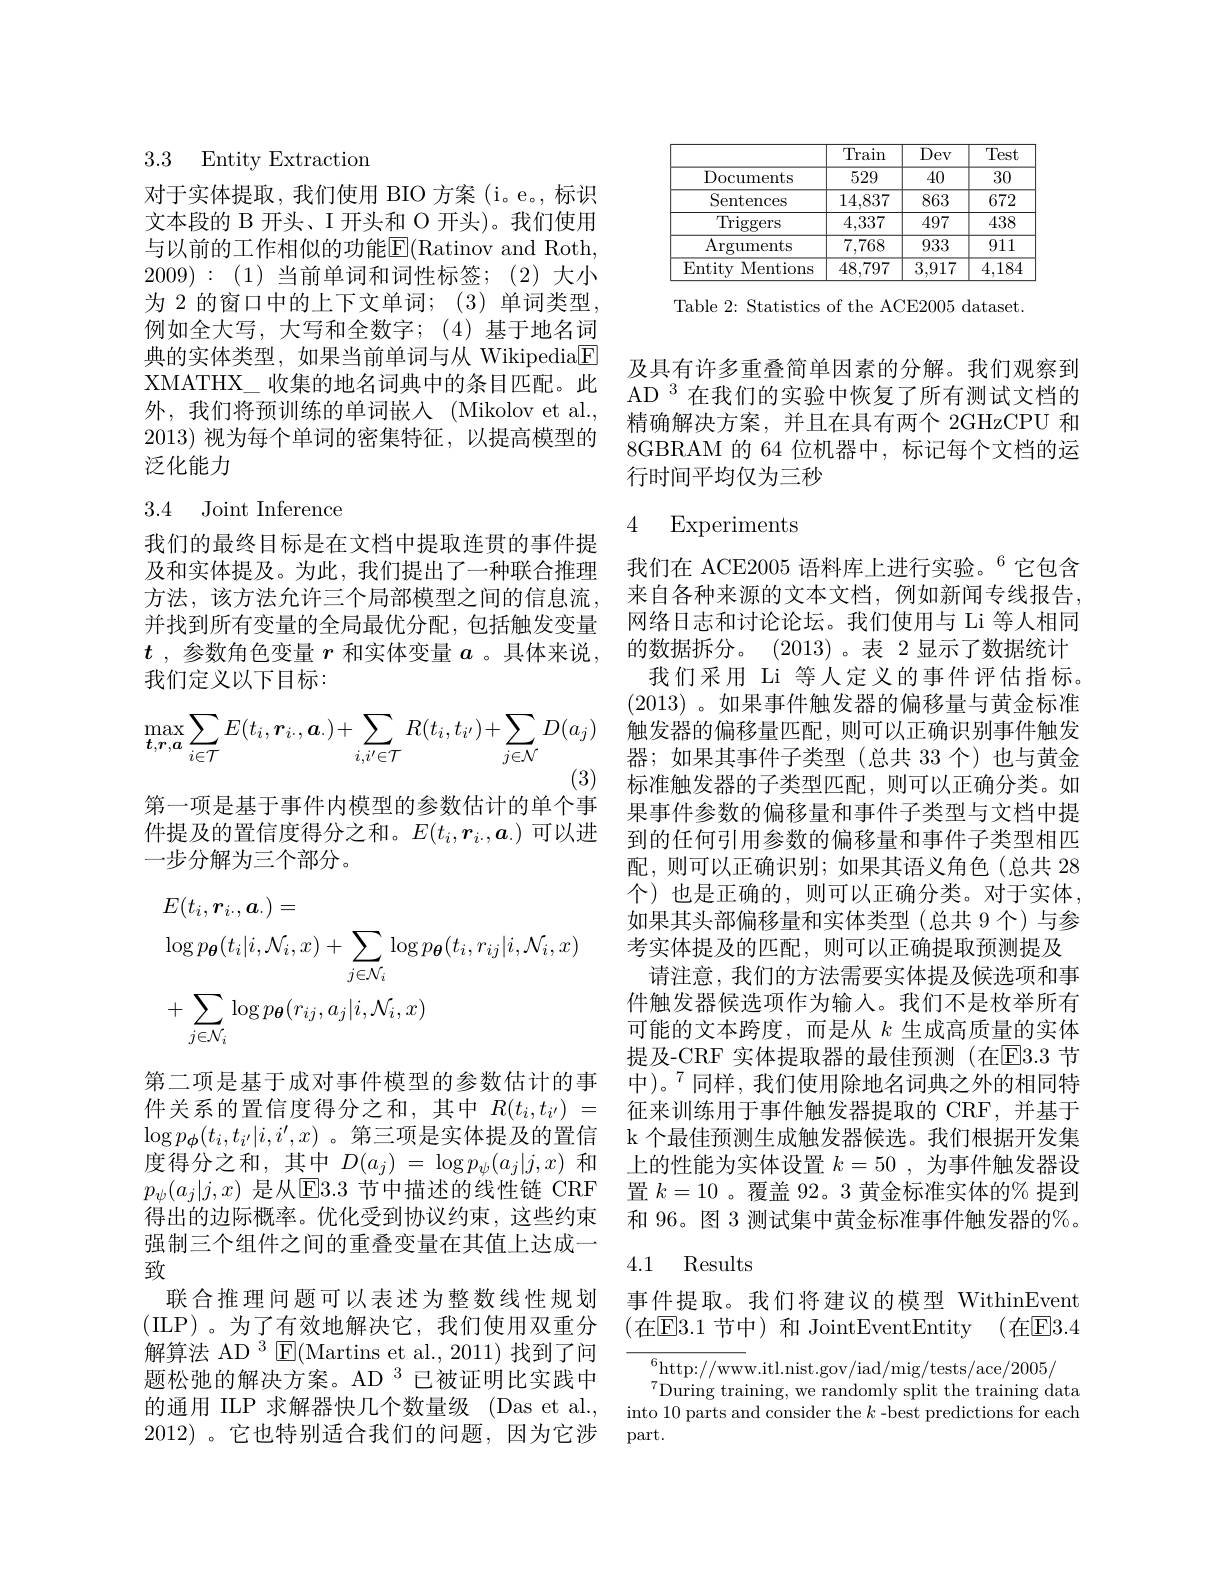
## 3.3 Entity Extraction

对于实体提取，我们使用 BIO 方案(i。e。, 标识文本段的 B 开头、I 开头和 O 开头)。我们使用与以前的工作相似的功能E$| ( Ratinov and Roth$, 2009):(1)当前单词和词性标签；(2)大小为 2 的窗口中的上下文单词；(3) 单词类型， 例如全大写，大写和全数字；(4)基于地名词典的实体类型，如果当前单词与从 Wikipedia$\boxed{\mathrm{F}}$ XMATHX\_收集的地名词典中的条目匹配。此外，我们将预训练的单词嵌入(Mikolov et al., 2013)视为每个单词的密集特征，以提高模型的泛化能力

## 3.4 Joint Inference

我们的最终目标是在文档中提取连贯的事件提及和实体提及。为此，我们提出了一种联合推理方法，该方法允许三个局部模型之间的信息流，来自各种来源的文本文档，例如新闻专线报告。
并找到所有变量的全局最优分配，包括触发变量
$t$ ,参数角色变量$r$和实体变量$a$ 。具体来说，的数据拆分。(2013)。表 2 显示了数据统计
我们定义以下目标：
$$\max_{\boldsymbol{t},\boldsymbol{r},\boldsymbol{a}}\sum_{i\in\mathcal{T}}E(t_{i},\boldsymbol{r}_{i\cdot},\boldsymbol{a}_{\cdot})+\sum_{i,i^{\prime}\in\mathcal{T}}R(t_{i},t_{i^{\prime}})+\sum_{j\in\mathcal{N}}D(a_{j})$$
(3)

第一项是基于事件内模型的参数估计的单个事件提及的置信度得分之和。$E(t_i,\boldsymbol{r}_i.,\boldsymbol{a}_.)$可以进一步分解为三个部分。
$$\begin{aligned}&E(t_{i},\boldsymbol{r}_{i\cdot},\boldsymbol{a}_{\cdot})=\\&\log p_{\boldsymbol{\theta}}(t_{i}|i,\mathcal{N}_{i},x)+\sum_{j\in\mathcal{N}_{i}}\log p_{\boldsymbol{\theta}}(t_{i},r_{ij}|i,\mathcal{N}_{i},x)\\&+\sum_{j\in\mathcal{N}_{i}}\log p_{\boldsymbol{\theta}}(r_{ij},a_{j}|i,\mathcal{N}_{i},x)\end{aligned}$$
强制三个组件之间的重叠变量在其值上达成一
致
联合推理问题可以表述为整数线性规划 事件提取。我们将建议的模型 WithinEvent (ILP)。为了有效地解决它，我们使用双重分 (在$\overline{\mathrm{E}}3.1$ 节中)和 JointEventEntity (在$\overline{\mathrm{E}}3.4$ 解算法 AD $^3$ E(Martins et al.,2011)找到了问题松弛的解决方案。AD $^{3}$已被证明比实践中的 通 用 ILP 求 解 器 快 几 个 数 量 级 ( Das et al, into 10 parts andomly split the traı nı ng data 2012) 。它 也 性 别 适 合 我 们 的 问 题 田 为 它 : paxt
2012) 。它也特别适合我们的问题，因为它涉 part.

<table>
	<tbody>
		<tr>
			<th> </th>
			<th>Train</th>
			<th>Dev</th>
			<th>Test</th>
		</tr>
		<tr>
			<td>Documents</td>
			<td>529</td>
			<td>40</td>
			<td>30</td>
		</tr>
		<tr>
			<td>Sentences</td>
			<td>14,837</td>
			<td>863</td>
			<td>672</td>
		</tr>
		<tr>
			<td>$\operatorname{Triggers}$</td>
			<td>4,337</td>
			<td>497</td>
			<td>438</td>
		</tr>
		<tr>
			<td>$\operatorname{Arguments}$</td>
			<td>7,768</td>
			<td>933</td>
			<td>911</td>
		</tr>
		<tr>
			<td>Entity Mentions</td>
			<td>48,797</td>
			<td>3,917</td>
			<td>4,18.</td>
		</tr>
	</tbody>
</table>

Table 2: Statistics of the ACE2005 dataset

及具有许多重叠简单因素的分解。我们观察到AD $^{3}$在我们的实验中恢复了所有测试文档的精确解决方案，并且在具有两个 2GHzCPU 和8GBRAM 的 64 位机器中，标记每个文档的运行时间平均仅为三秒

### 4 Experiments

我们在 ACE2005 语料库上进行实验。$^{6}$它包含网络日志和讨论论坛。我们使用与 Li 等人相同
我们采用 Li 等人定义的事件评估指标。(2013)。如果事件触发器的偏移量与黄金标准触发器的偏移量匹配，则可以正确识别事件触发器；如果其事件子类型(总共 33 个)也与黄金标准触发器的子类型匹配，则可以正确分类。如果事件参数的偏移量和事件子类型与文档中提到的任何引用参数的偏移量和事件子类型相匹配，则可以正确识别；如果其语义角色(总共 28个) 也是正确的，则可以正确分类。对于实体， 如果其头部偏移量和实体类型(总共 9个)与参考实体提及的匹配，则可以正确提取预测提及
请注意，我们的方法需要实体提及候选项和事件触发器候选项作为输入。我们不是枚举所有可能的文本跨度，而是从$k$生成高质量的实体提及-CRF 实体提取器的最佳预测(在[E]3.3 节
第二项是基于成对事件模型的参数估计的事 中)。$^{7}$同样，我们使用除地名词典之外的相同特件关系的置信度得分之和，其中 $R( t_i, t_{i^{\prime }}) =$ 征来训练用于事件触发器提取的 CRF,并基于$\log p_{\boldsymbol{\phi}}(t_i,t_{i^{\prime}}|i,i^{\prime},x)$ 。第三项是实体提及的置信 k 个最佳预测生成触发器候选。我们根据开发集度得分之和，其中$D(a_j)=\log p_\psi(a_j|j,x)$和 上的性能为实体设置$k=50$ ,为事件触发器设$p_\psi(a_j|j,x)$ 是从$\overline{\text{E3.3 节中描述的线性链 CRF 置 }k=10\text{ 。覆盖 92。3 黄金标准实体的\% 提到}}$ 得出的边际概率。优化受到协议约束，这些约束 和 96。图 3 测试集中黄金标准事件触发器的%。

## 4.1 Results

$^{6}$http://www.itl.nist.gov/iad/mig/tests/ace/2005/
$^{7}$During training, we randomly split the training data